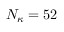
N _ { \kappa } = 5 2